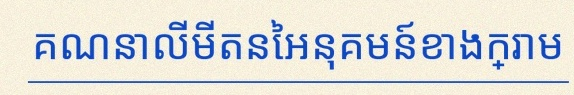
គណនាលីមីតនៃអនុគមន៍ខាងក្រោម